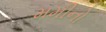
મમીનો